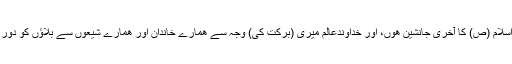
”میں پیغمبر اسلام (ص) کا آخری جانشین ھوں، اور خداوندعالم میری (برکت کی) وجہ سے ھمارے خاندان اور ھمارے شیعوں سے بلاؤں کو دور فرماتا ھے“۔